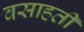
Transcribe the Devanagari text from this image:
वसाहतीं